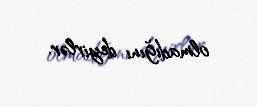
olmadığını deyirlər.